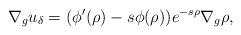
LaTeX: \begin{align*} \nabla_g u_\delta=(\phi'(\rho)-s\phi(\rho))e^{-s\rho}\nabla_g\rho, \end{align*}